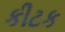
કીટક